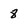
Character: 8